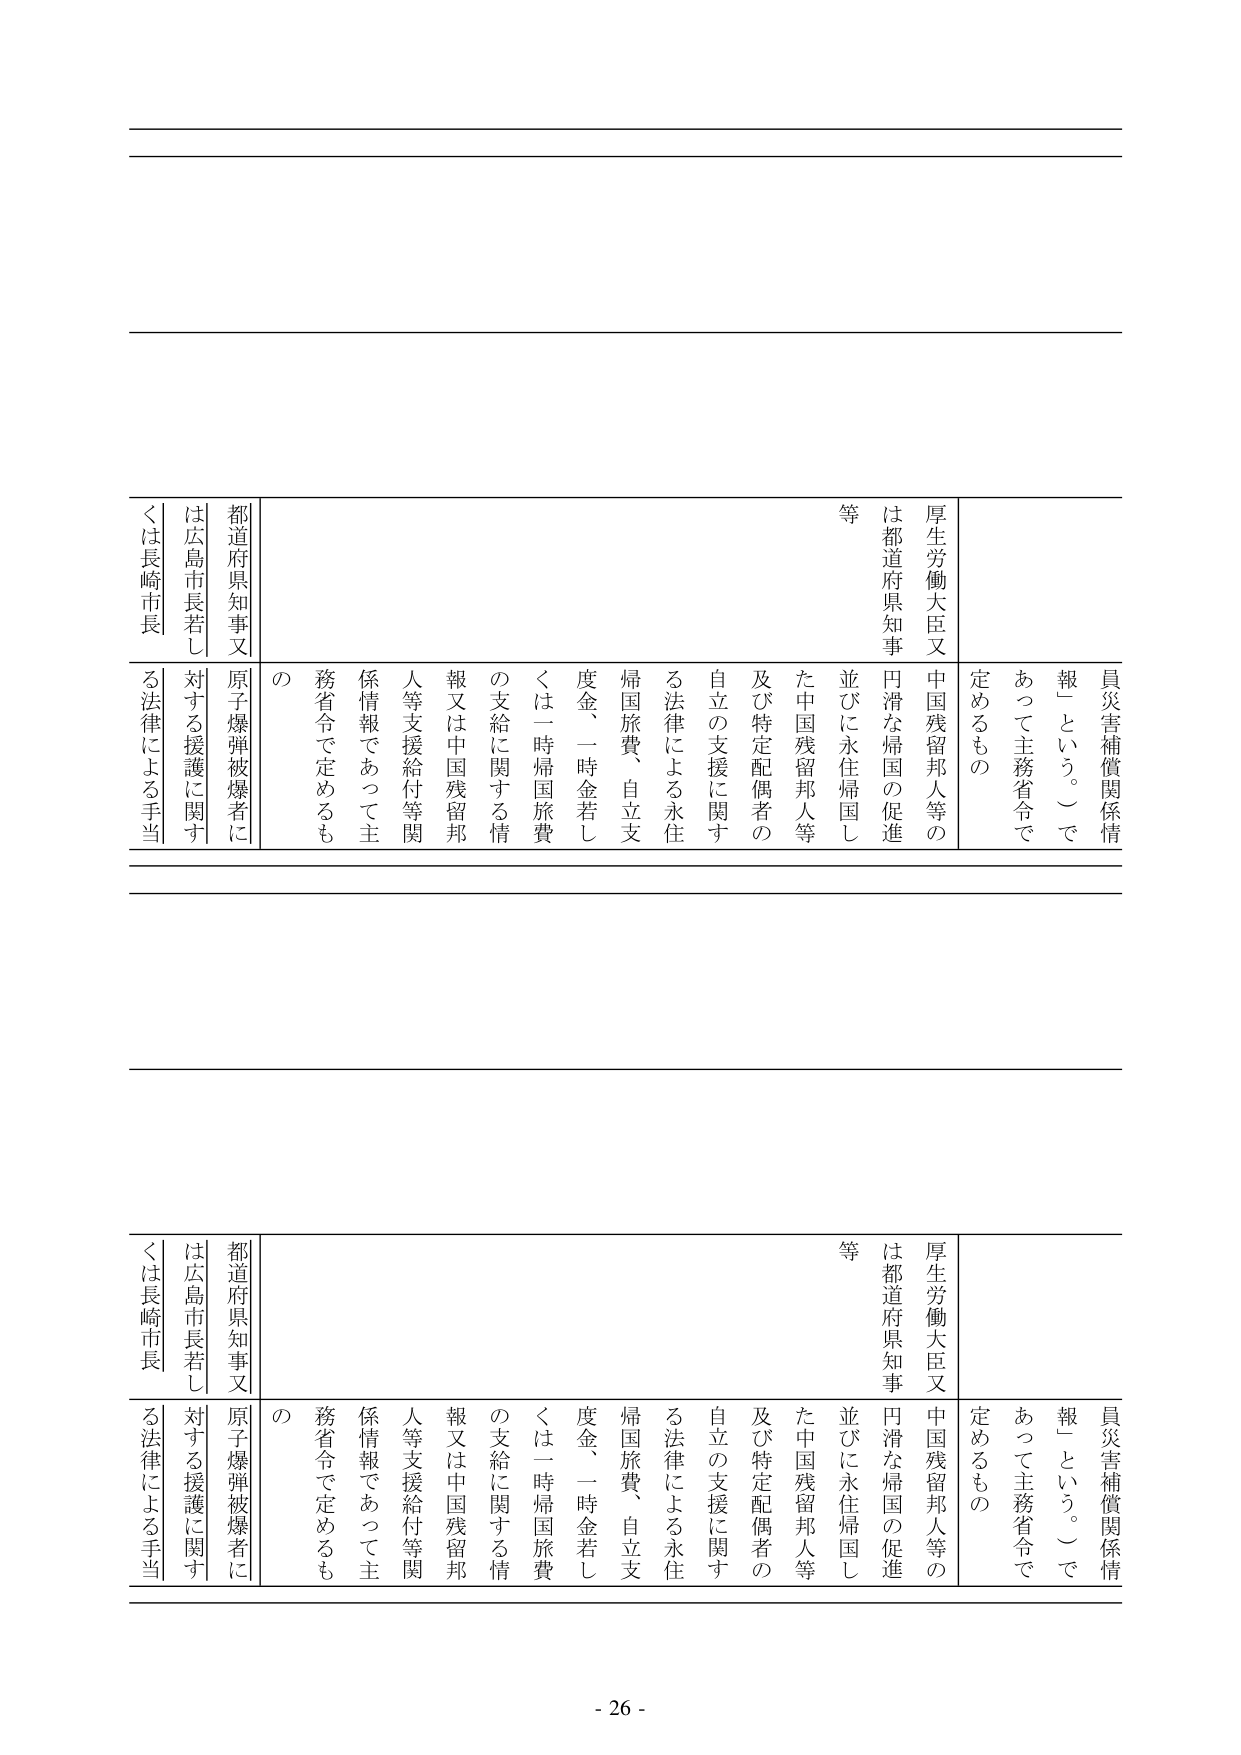
員災害補償関係情報」という。）であって主務省令で定めるもの
厚生労働大臣又は都道府県知事
中国残留邦人等の円滑な帰国の促進並びに永住帰国した中国残留邦人等及び特定配偶者の自立の支援に関する法律による永住帰国旅費、自立支援金、一時金若しくは一時帰国旅費の支給に関する情報又は中国残留邦人等支援給付等関係情報であって主務省令で定めるもの
都道府県知事又は広島市長若しくは長崎市長
原子爆弾被爆者に対する援護に関する法律による手当

員災害補償関係情報」という。）であって主務省令で定めるもの
厚生労働大臣又は都道府県知事
中国残留邦人等の円滑な帰国の促進並びに永住帰国した中国残留邦人等及び特定配偶者の自立の支援に関する法律による永住帰国旅費、自立支援金、一時金若しくは一時帰国旅費の支給に関する情報又は中国残留邦人等支援給付等関係情報であって主務省令で定めるもの
都道府県知事又は広島市長若しくは長崎市長
原子爆弾被爆者に対する援護に関する法律による手当

- 26 -